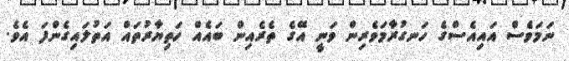
ނަމަވެސް އައިއެސްގެ ހަނގުރާމަވެރިން ވަނީ އޭގެ ތެރެއިން ބައެއް ހަތިޔާރުތައް އަތުލައިގެންފަ އެވެ.